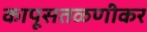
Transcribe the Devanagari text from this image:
कापूसतळणीकर